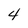
Character: 4